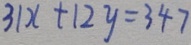
3 1 x + 1 2 y = 3 4 7